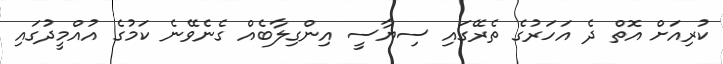
ކުރިއަށް އޮތް ދެ އަހަރުގެ ތެރޭގައި ސިޔާސީ އިންގިލާބެއް ގެނެވޭނެ ކަމުގެ އުއްމީދުގައި